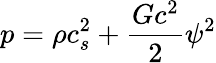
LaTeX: p=\rho c_{s}^{2}+\frac{{G{c^{2}}}}{2}{\psi^{2}}